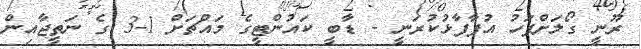
ރޫނީ ގޯލަށްފަހު އުފާފާޅުކުރަނީ - ޑާބީ ކައުންޓީގެ މައްޗަށް 1-3 ގެ ނަތީޖާއިން